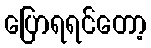
ပြောရရင်တော့